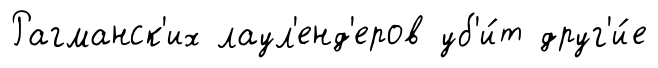
Рагманск'их лаул'енд'еров уб'и́т друг'и́е